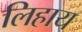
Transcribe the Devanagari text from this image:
लिहाय